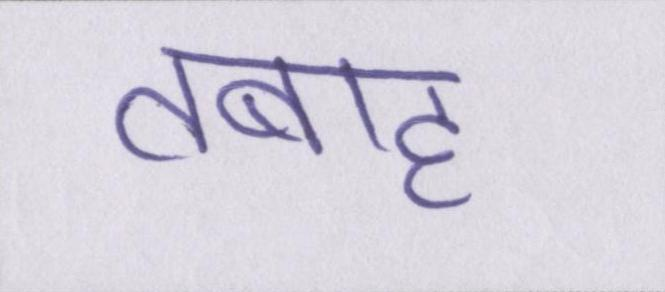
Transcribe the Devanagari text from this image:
तबाह